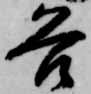
各